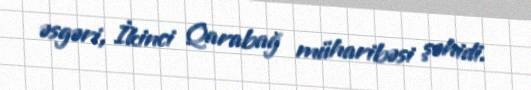
əsgəri, İkinci Qarabağ müharibəsi şəhidi.